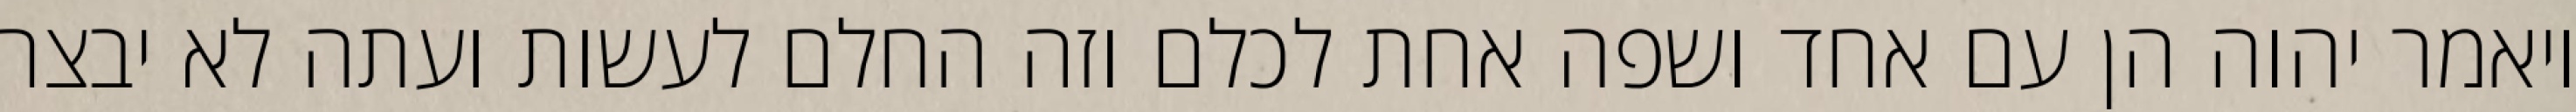
ויאמר יהוה הן עם אחד ושפה אחת לכלם וזה החלם לעשות ועתה לא יבצר